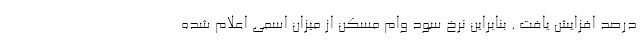
درصد افزایش یافت . بنابراین نرخ سود وام مسکن از میزان اسمی اعلام شده